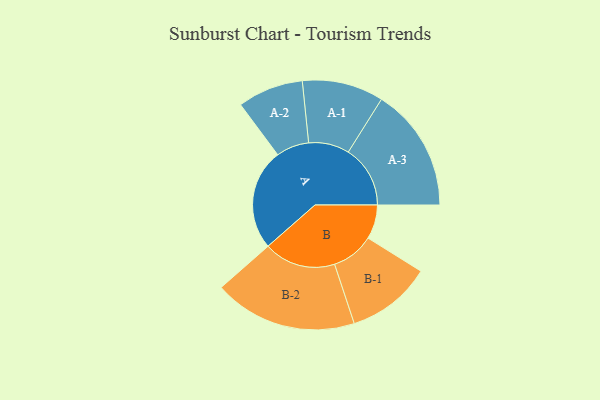
{"axis": {"x": "Segment", "y": "Value"}, "legend": ["", "A", "B"], "data": [{"x": "A", "y": 391, "type": ""}, {"x": "B", "y": 132, "type": ""}, {"x": "A-1", "y": 157, "type": "A"}, {"x": "A-2", "y": 127, "type": "A"}, {"x": "A-3", "y": 239, "type": "A"}, {"x": "B-1", "y": 164, "type": "B"}, {"x": "B-2", "y": 277, "type": "B"}]}